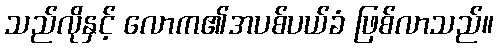
သည်လိုနှင့် လောက၏အပစ်ပယ်ခံ ဖြစ်လာသည်။